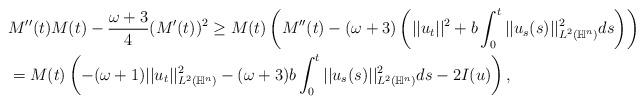
LaTeX: \begin{align*}&M''(t) M(t) - \frac{\omega+3}{4} (M'(t))^2 \geq M(t)\left( M''(t) - (\omega +3)\left( ||u_t||^2 + b\int_{0}^t ||u_s(s)||^2_{L^2(\mathbb{H}^n)} ds \right) \right)\\&=M(t) \left( -(\omega+1) ||u_t||^2_{L^2(\mathbb{H}^n)} - (\omega +3)b\int_{0}^t ||u_s(s)||^2_{L^2(\mathbb{H}^n)} ds -2I(u)\right),\end{align*}